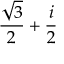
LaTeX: { \frac { \sqrt { 3 } } { 2 } } + { \frac { i } { 2 } }